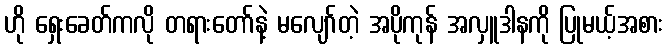
ဟို ရှေးခေတ်ကလို တရားတော်နဲ့ မလျော်တဲ့ အပိုကုန် အလှူဒါနကို ပြုမယ့်အစား